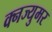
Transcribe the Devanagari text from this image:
क्नज्युमर